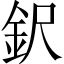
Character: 鈬